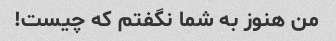
من هنوز به شما نگفتم که چیست!